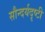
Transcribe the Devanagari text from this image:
सौन्दर्यदृष्टी